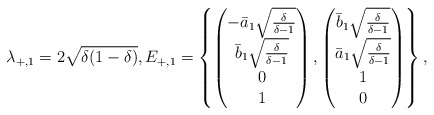
\begin{align*} \lambda_{+,1} = 2 \sqrt{\delta(1-\delta)}, E_{+,1} = \left\{ \begin{pmatrix}-\bar{a}_1 \sqrt{\frac{\delta}{\delta-1}} \\ \bar{b}_1 \sqrt{\frac{\delta}{\delta-1}} \\ 0 \\1\end{pmatrix},\begin{pmatrix}\bar{b}_1 \sqrt{\frac{\delta}{\delta-1}} \\ \bar{a}_1 \sqrt{\frac{\delta}{\delta-1}} \\ 1 \\0\end{pmatrix}\right\},\end{align*}